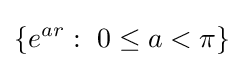
\lbrace e^{ar}:\ 0\leq a<\pi \rbrace